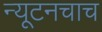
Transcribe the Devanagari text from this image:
न्यूटनचाच